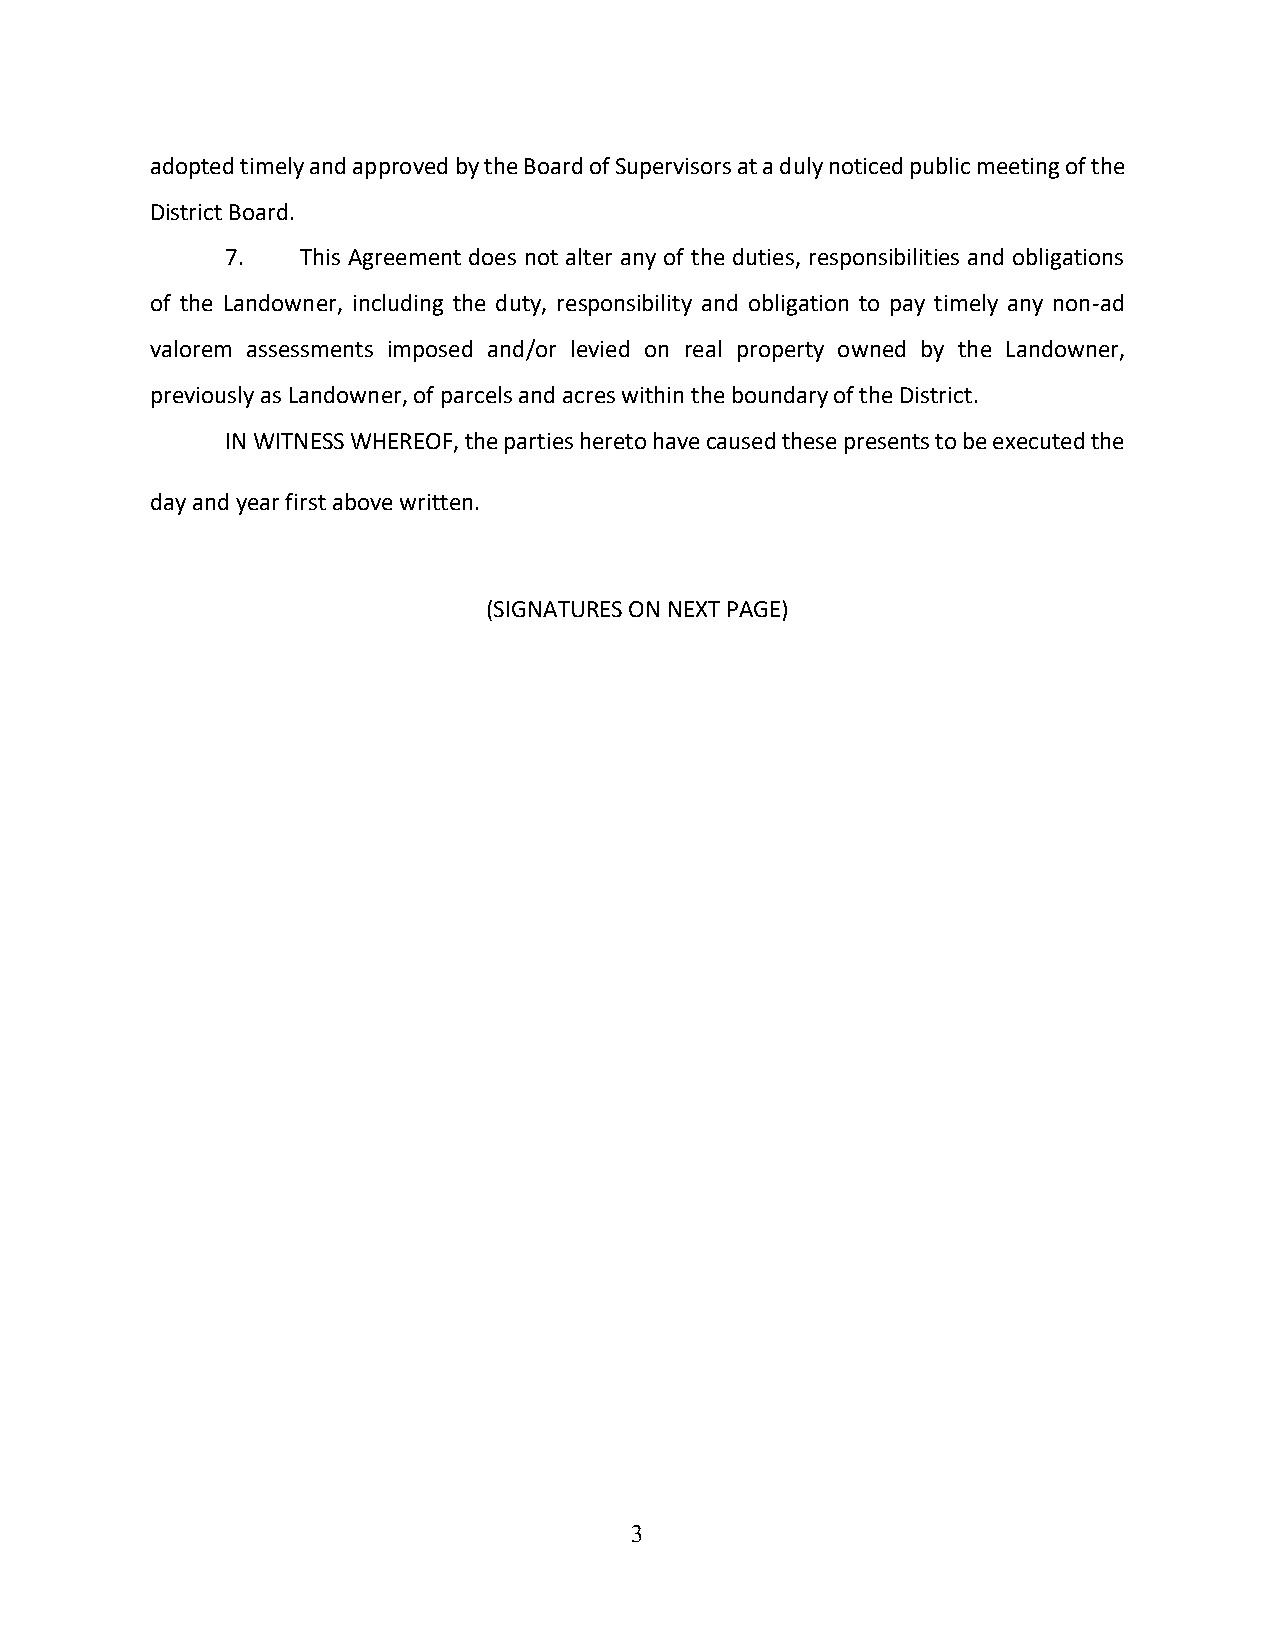
adopted timely and approved by the Board of Supervisors at a duly noticed public meeting of the
 District Board.
 7.   This Agreement does not alter any of the duties, responsibilities and obligations
 of the Landowner, including the duty, responsibility and obligation to pay timely any non-ad
 valorem assessments imposed and/or levied on real property owned by the Landowner,
 previously as Landowner, of parcels and acres within the boundary of the District.
 IN WITNESS WHEREOF, the parties hereto have caused these presents to be executed the
 day and year first above written.
 (SIGNATURES ON NEXT PAGE)
 3